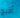
أقبح